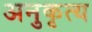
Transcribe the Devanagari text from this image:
अनुकृत्य